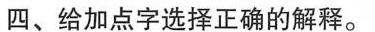
四、给加点字选择正确的解释。